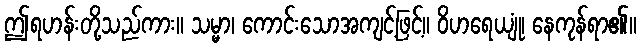
ဤရဟန်းတို့သည်ကား။ သမ္မာ၊ ကောင်းသောအကျင့်ဖြင့်။ ဝိဟရေယျုံ၊ နေကုန်ရာ၏။